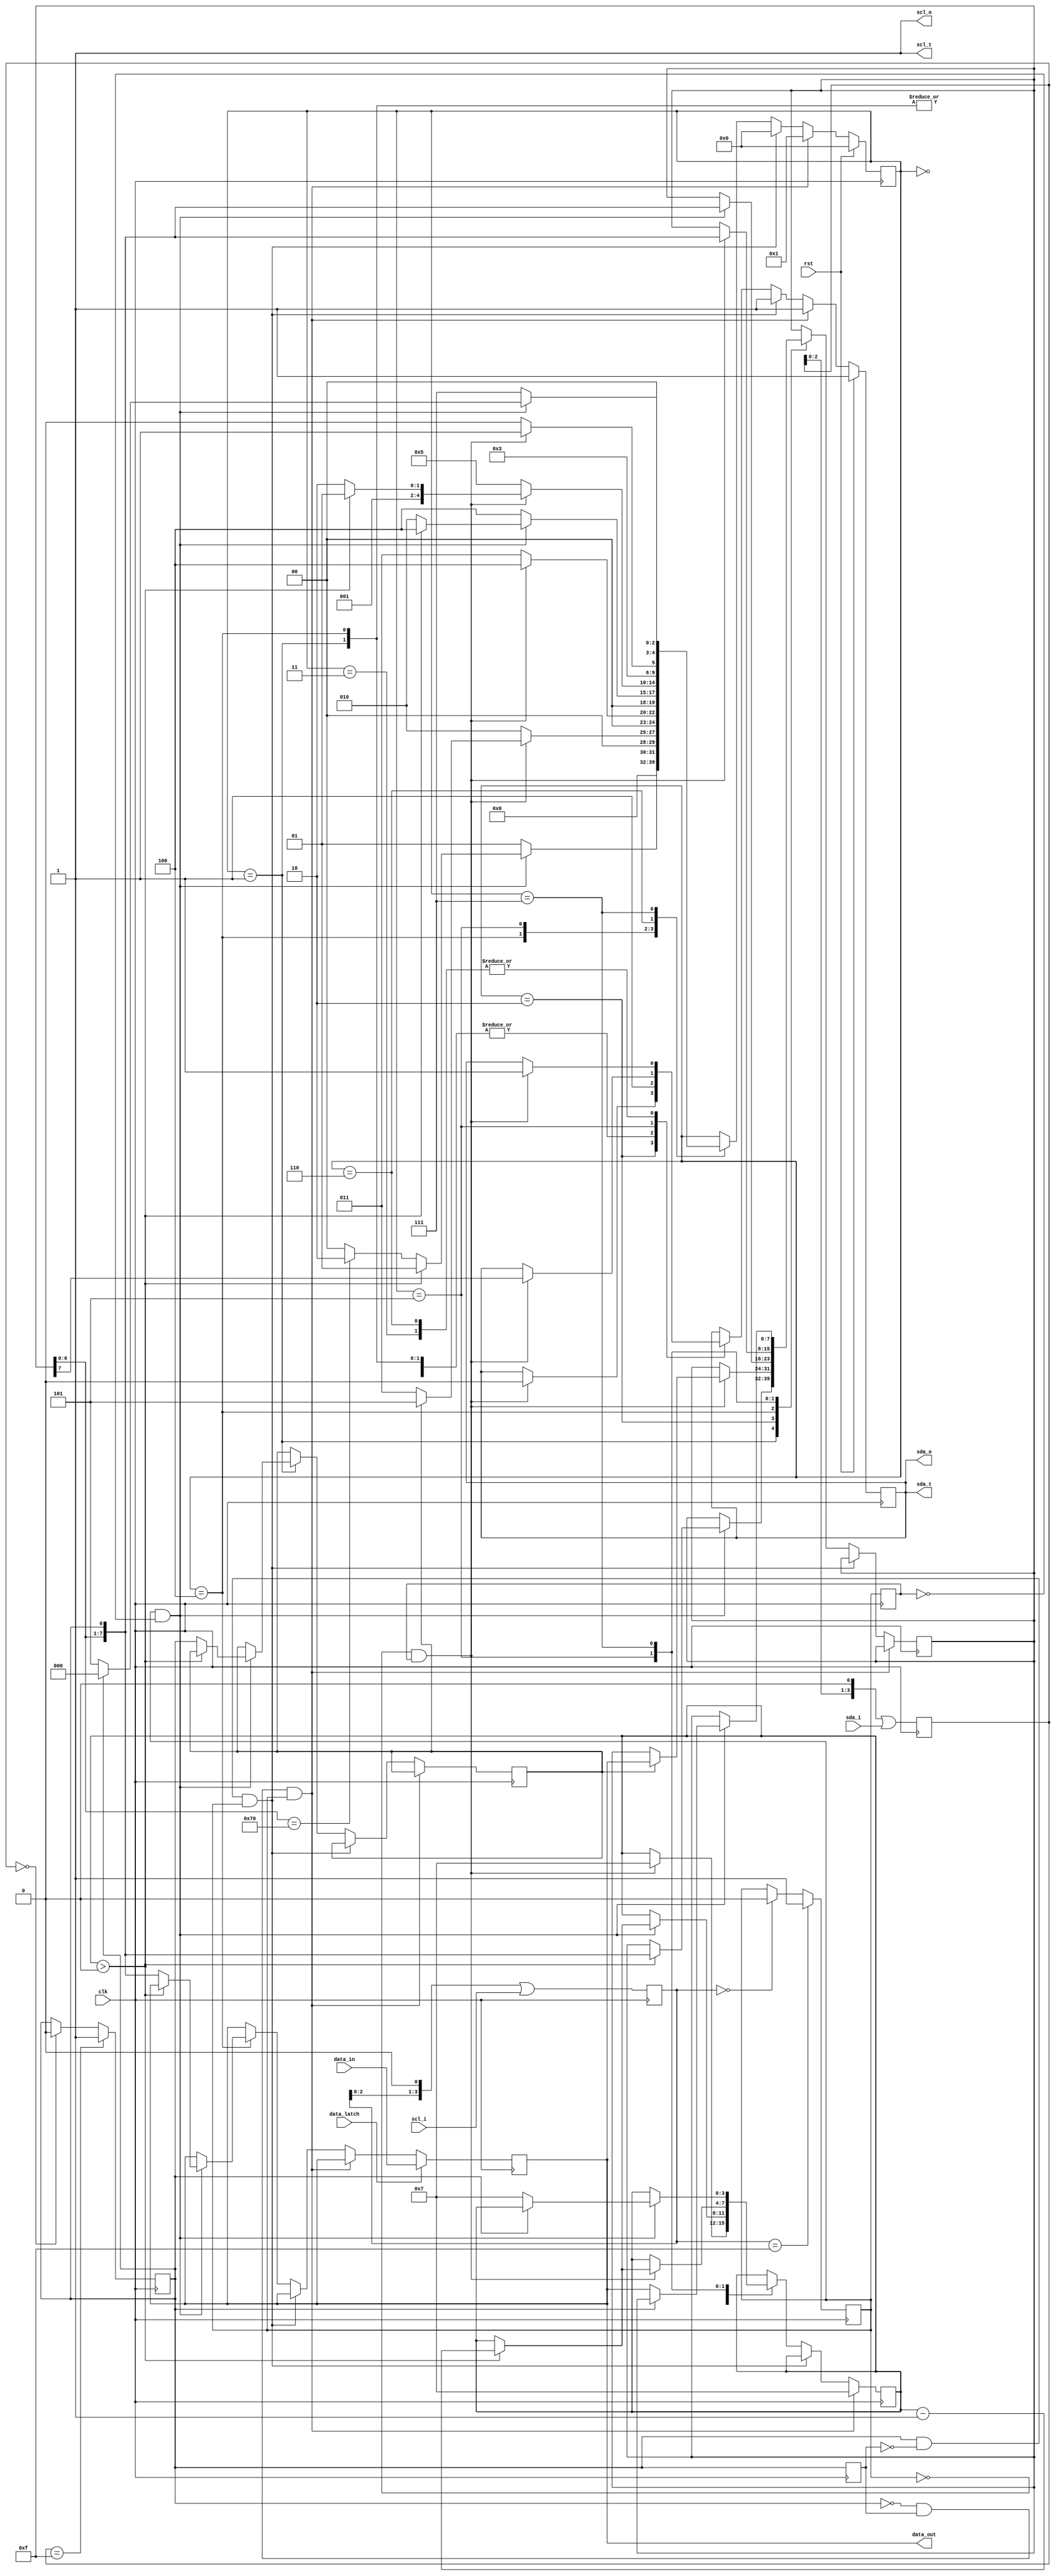
/*

Copyright (c) 2023 Alex Forencich

Permission is hereby granted, free of charge, to any person obtaining a copy
of this software and associated documentation files (the "Software"), to deal
in the Software without restriction, including without limitation the rights
to use, copy, modify, merge, publish, distribute, sublicense, and/or sell
copies of the Software, and to permit persons to whom the Software is
furnished to do so, subject to the following conditions:

The above copyright notice and this permission notice shall be included in
all copies or substantial portions of the Software.

THE SOFTWARE IS PROVIDED "AS IS", WITHOUT WARRANTY OF ANY KIND, EXPRESS OR
IMPLIED, INCLUDING BUT NOT LIMITED TO THE WARRANTIES OF MERCHANTABILITY
FITNESS FOR A PARTICULAR PURPOSE AND NONINFRINGEMENT. IN NO EVENT SHALL THE
AUTHORS OR COPYRIGHT HOLDERS BE LIABLE FOR ANY CLAIM, DAMAGES OR OTHER
LIABILITY, WHETHER IN AN ACTION OF CONTRACT, TORT OR OTHERWISE, ARISING FROM,
OUT OF OR IN CONNECTION WITH THE SOFTWARE OR THE USE OR OTHER DEALINGS IN
THE SOFTWARE.

*/

// Language: Verilog 2001

`resetall
`timescale 1ns / 1ps
`default_nettype none

/*
 * I2C single register
 */
module i2c_single_reg #(
    parameter FILTER_LEN = 4,
    parameter DEV_ADDR = 7'h70
)
(
    input  wire       clk,
    input  wire       rst,

    /*
     * I2C interface
     */
    input  wire       scl_i,
    output wire       scl_o,
    output wire       scl_t,
    input  wire       sda_i,
    output wire       sda_o,
    output wire       sda_t,

    /*
     * Data register
     */
    input  wire [7:0] data_in,
    input  wire       data_latch,
    output wire [7:0] data_out
);

localparam [4:0]
    STATE_IDLE = 4'd0,
    STATE_ADDRESS = 4'd1,
    STATE_ACK = 4'd2,
    STATE_WRITE_1 = 4'd3,
    STATE_WRITE_2 = 4'd4,
    STATE_READ_1 = 4'd5,
    STATE_READ_2 = 4'd6,
    STATE_READ_3 = 4'd7;

reg [4:0] state_reg = STATE_IDLE;

reg [7:0] data_reg = 8'd0;
reg [7:0] shift_reg = 8'd0;

reg mode_read_reg = 1'b0;

reg [3:0] bit_count_reg = 4'd0;

reg [FILTER_LEN-1:0] scl_i_filter_reg = {FILTER_LEN{1'b1}};
reg [FILTER_LEN-1:0] sda_i_filter_reg = {FILTER_LEN{1'b1}};

reg scl_i_reg = 1'b1;
reg sda_i_reg = 1'b1;

reg sda_o_reg = 1'b1;

reg last_scl_i_reg = 1'b1;
reg last_sda_i_reg = 1'b1;

assign scl_o = 1'b1;
assign scl_t = 1'b1;
assign sda_o = sda_o_reg;
assign sda_t = sda_o_reg;

assign data_out = data_reg;

wire scl_posedge = scl_i_reg && !last_scl_i_reg;
wire scl_negedge = !scl_i_reg && last_scl_i_reg;
wire sda_posedge = sda_i_reg && !last_sda_i_reg;
wire sda_negedge = !sda_i_reg && last_sda_i_reg;

wire start_bit = sda_negedge && scl_i_reg;
wire stop_bit = sda_posedge && scl_i_reg;

always @(posedge clk) begin

    if (start_bit) begin
        sda_o_reg <= 1'b1;

        bit_count_reg = 4'd7;
        state_reg <= STATE_ADDRESS;
    end else if (stop_bit) begin
        sda_o_reg <= 1'b1;

        state_reg <= STATE_IDLE;
    end else begin
        case (state_reg)
            STATE_IDLE: begin
                // line idle
                sda_o_reg <= 1'b1;

                state_reg <= STATE_IDLE;
            end
            STATE_ADDRESS: begin
                // read address
                sda_o_reg <= 1'b1;

                if (scl_posedge) begin
                    if (bit_count_reg > 0) begin
                        // shift in address
                        bit_count_reg <= bit_count_reg-1;
                        shift_reg <= {shift_reg[6:0], sda_i_reg};
                        state_reg <= STATE_ADDRESS;
                    end else begin
                        // check address
                        mode_read_reg <= sda_i_reg;
                        if (shift_reg[6:0] == DEV_ADDR) begin
                            // it's a match, send ACK
                            state_reg <= STATE_ACK;
                        end else begin
                            // no match, return to idle
                            state_reg <= STATE_IDLE;
                        end
                    end
                end else begin
                    state_reg <= STATE_ADDRESS;
                end
            end
            STATE_ACK: begin
                // send ACK bit
                if (scl_negedge) begin
                    sda_o_reg <= 1'b0;
                    bit_count_reg <= 4'd7;
                    if (mode_read_reg) begin
                        // reading
                        shift_reg <= data_reg;
                        state_reg <= STATE_READ_1;
                    end else begin
                        // writing
                        state_reg <= STATE_WRITE_1;
                    end
                end else begin
                    state_reg <= STATE_ACK;
                end
            end
            STATE_WRITE_1: begin
                // write data byte
                if (scl_negedge) begin
                    sda_o_reg <= 1'b1;
                    state_reg <= STATE_WRITE_2;
                end else begin
                    state_reg <= STATE_WRITE_1;
                end
            end
            STATE_WRITE_2: begin
                // write data byte
                sda_o_reg <= 1'b1;
                if (scl_posedge) begin
                    // shift in data bit
                    shift_reg <= {shift_reg[6:0], sda_i_reg};
                    if (bit_count_reg > 0) begin
                        bit_count_reg <= bit_count_reg-1;
                        state_reg <= STATE_WRITE_2;
                    end else begin
                        data_reg <= {shift_reg[6:0], sda_i_reg};
                        state_reg <= STATE_ACK;
                    end
                end else begin
                    state_reg <= STATE_WRITE_2;
                end
            end
            STATE_READ_1: begin
                // read data byte
                if (scl_negedge) begin
                    // shift out data bit
                    {sda_o_reg, shift_reg} = {shift_reg, sda_i_reg};

                    if (bit_count_reg > 0) begin
                        bit_count_reg = bit_count_reg-1;
                        state_reg = STATE_READ_1;
                    end else begin
                        state_reg = STATE_READ_2;
                    end
                end else begin
                    state_reg = STATE_READ_1;
                end
            end
            STATE_READ_2: begin
                // read ACK bit
                if (scl_negedge) begin
                    // release SDA
                    sda_o_reg <= 1'b1;
                    state_reg <= STATE_READ_3;
                end else begin
                    state_reg <= STATE_READ_2;
                end
            end
            STATE_READ_3: begin
                // read ACK bit
                if (scl_posedge) begin
                    if (sda_i_reg) begin
                        // NACK, return to idle
                        state_reg <= STATE_IDLE;
                    end else begin
                        // ACK, read another byte
                        bit_count_reg <= 4'd7;
                        shift_reg <= data_reg;
                        state_reg <= STATE_READ_1;
                    end
                end else begin
                    state_reg <= STATE_READ_3;
                end
            end
        endcase
    end

    if (data_latch) begin
        data_reg <= data_in;
    end

    scl_i_filter_reg <= (scl_i_filter_reg << 1) | scl_i;
    sda_i_filter_reg <= (sda_i_filter_reg << 1) | sda_i;

    if (scl_i_filter_reg == {FILTER_LEN{1'b1}}) begin
        scl_i_reg <= 1'b1;
    end else if (scl_i_filter_reg == {FILTER_LEN{1'b0}}) begin
        scl_i_reg <= 1'b0;
    end

    if (sda_i_filter_reg == {FILTER_LEN{1'b1}}) begin
        sda_i_reg <= 1'b1;
    end else if (sda_i_filter_reg == {FILTER_LEN{1'b0}}) begin
        sda_i_reg <= 1'b0;
    end

    last_scl_i_reg <= scl_i_reg;
    last_sda_i_reg <= sda_i_reg;

    if (rst) begin
        state_reg <= STATE_IDLE;
        sda_o_reg <= 1'b1;
    end
end

endmodule

`resetall